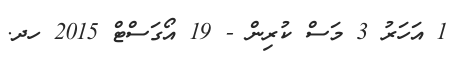
1 އަހަރު 3 މަސް ކުރިން - 19 އޯގަސްޓް 2015 ހދ.